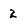
Character: 2